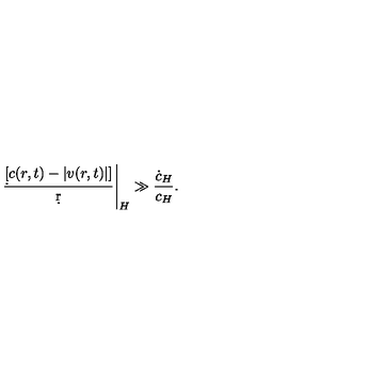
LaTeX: { \left. { \frac { \d [ c ( r , t ) - | v ( r , t ) | ] } { \d r } } \right| _ { H } \gg { \frac { \dot { c } _ { H } } { c _ { H } } } } .